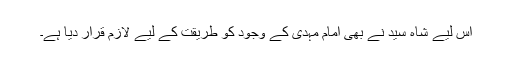
اس لیے شاہ سید نے بھی امام مہدی کے وجود کو طریقت کے لیے لازم قرار دیا ہے۔